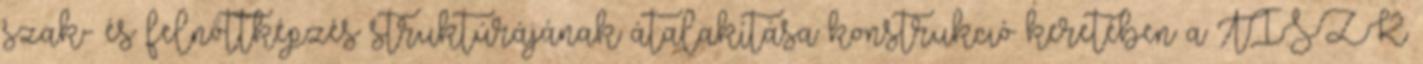
szak- és felnőttképzés struktúrájának átalakítása konstrukció keretében a TISZK